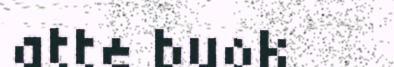
atte buok